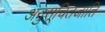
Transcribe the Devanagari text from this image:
अनुसूचितजाति